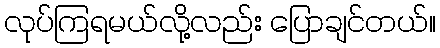
လုပ်ကြရမယ်လို့လည်း ပြောချင်တယ်။